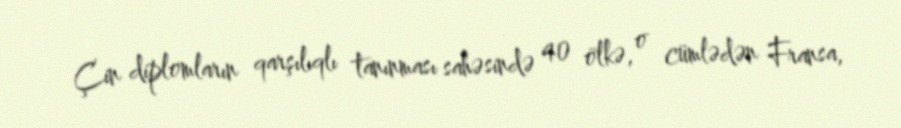
Çin diplomların qarşılıqlı tanınması sahəsində 40 ölkə, o cümlədən Fransa,